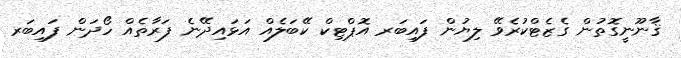
ޤާނޫނީގޮތުން ގެޒެޓްކުރެވޭ ލިޔުން ފައިބަރ އޮޕްޓިކް ކޭބަލެއް އަޅައިދޭނެ ފަރާތެއް ހޯދަން ފައިބަރ